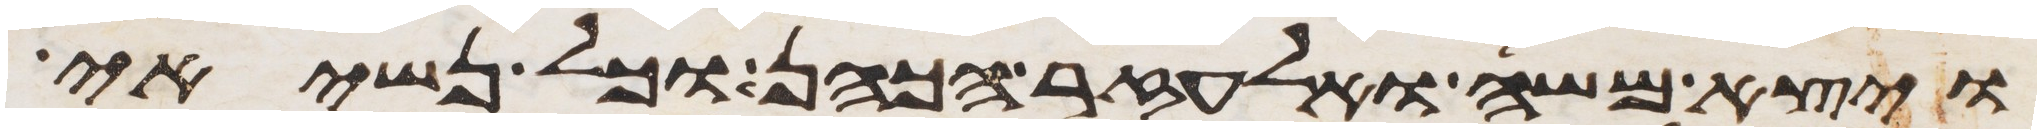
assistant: ויצא משה ואלעזר הכהן וכל נשיאי